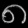
Digit: ၈